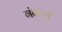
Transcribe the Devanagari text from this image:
गंगाजूँ